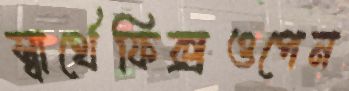
স্বার্থেফিক্সওপেন